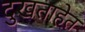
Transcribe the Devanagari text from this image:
दुखताहेत